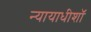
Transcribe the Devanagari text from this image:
न्यायाधीशॉ